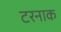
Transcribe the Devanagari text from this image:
टरनाक